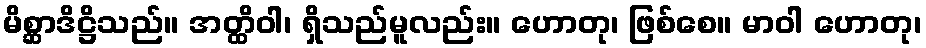
မိစ္ဆာဒိဋ္ဌိသည်။ အတ္ထိဝါ၊ ရှိသည်မူလည်း။ ဟောတု၊ ဖြစ်စေ။ မာဝါ ဟောတု၊